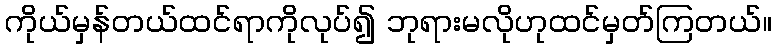
ကိုယ်မှန်တယ်ထင်ရာကိုလုပ်၍ ဘုရားမလိုဟုထင်မှတ်ကြတယ်။